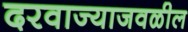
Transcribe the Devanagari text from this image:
दरवाज्याजवळील